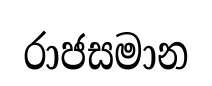
රාජසමාන